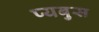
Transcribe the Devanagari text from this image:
प्यबुस